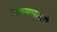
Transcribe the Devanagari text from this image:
मळ्यासाठी